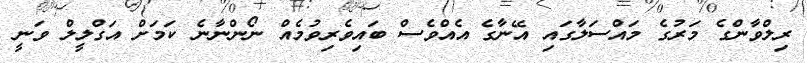
ރިލްވާންގެ މަރުގެ މައްސަލާގައި އޭނާގެ އެއްވެސް ބައިވެރިވުމެއް ނޯންނާނެ ކަމަށް އަގްލީލް ވަނީ